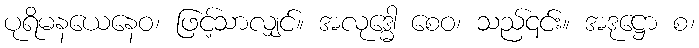
ပုရိမနယေနေဝ၊ ဖြင့်သာလျှင်။ အလုဒ္ဓေါ စေဝ၊ သည်၎င်း။ အဒုဋ္ဌော စ၊